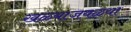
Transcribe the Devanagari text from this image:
खळ्याजवळ्या